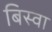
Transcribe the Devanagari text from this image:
बिस्‍वा